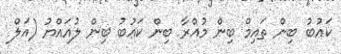
ކަޢުބު ބިން ތައިމް ބިން މުއްރާ ބިން ކަޢުބު ބިން ލުއައްޔު (އަލް